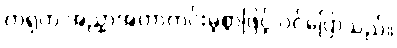
ကရုက အညှာအတာကင်းမဲ့စွာဖြင့် ဝင်ပြောသည်။